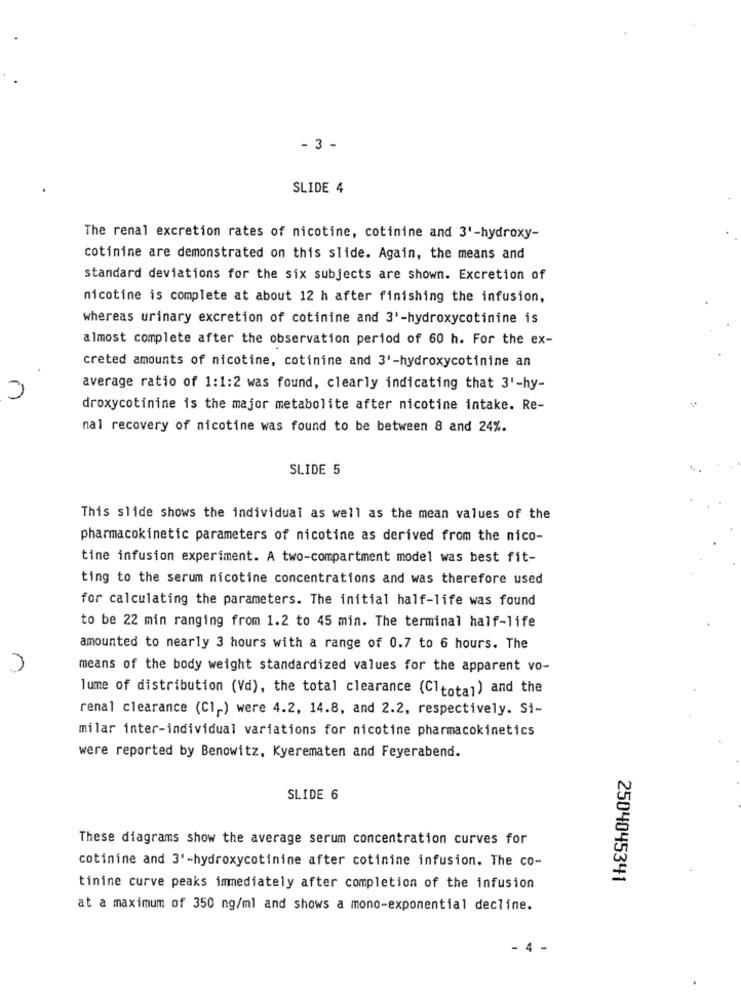
- 3 -
SLIDE 4
The renal excretion rates of nicotine, cotinine and 3'-hydroxy-
cotinine are demonstrated on this slide. Again, the means and
standard deviations for the six subjects are shown. Excretion of
nicotine is complete at about 12 h after finishing the infusion,
whereas urinary excretion of cotinine and 3'-hydroxycotinine is
almost complete after the observation period of 60 h. For the ex-
creted amounts of nicotine, cotinine and 3'-hydroxycotinine an
average ratio of 1:1:2 was found, clearly indicating that 3'-hy-
droxycotinine is the major metabolite after nicotine intake. Re-
nal recovery of nicotine was found to be between 8 and 24%.
SLIDE 5
This slide shows the individual as well as the mean values of the
pharmacokinetic parameters of nicotine as derived from the nico-
tine infusion experiment. A two-compartment model was best fit-
ting to the serum nicotine concentrations and was therefore used
for calculating the parameters. The initial half-life was found
to be 22 min ranging from 1.2 to 45 min. The terminal half-life
amounted to nearly 3 hours with a range of 0.7 to 6 hours. The
means of the body weight standardized values for the apparent vo-
lume of distribution (Vd), the total clearance (Cltotal) and the
renal clearance (C1,) were 4.2, 14.8, and 2.2, respectively. Si-
milar inter-individual variations for nicotine pharmacokinetics
were reported by Benowitz, Kyerematen and Feyerabend.
SLIDE 6
These diagrams show the average serum concentration curves for
cotinine and 3'-hydroxycotinine after cotinine infusion. The co-
2504045341
tinine curve peaks immediately after completion of the infusion
at a maximum of 350 ng/ml and shows a mono-exponential decline.
4